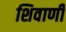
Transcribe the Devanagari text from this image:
शिवाणी